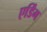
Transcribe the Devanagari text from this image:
एर्डिंग